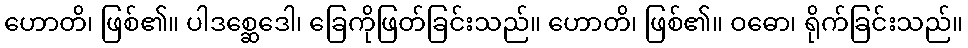
ဟောတိ၊ ဖြစ်၏။ ပါဒစ္ဆေဒေါ၊ ခြေကိုဖြတ်ခြင်းသည်။ ဟောတိ၊ ဖြစ်၏။ ဝဓော၊ ရိုက်ခြင်းသည်။